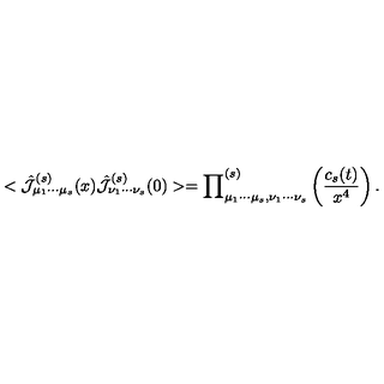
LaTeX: < \hat { { \cal { J } } } _ { \mu _ { 1 } \cdots \mu _ { s } } ^ { ( s ) } ( x ) \hat { { \cal { J } } } _ { \nu _ { 1 } \cdots \nu _ { s } } ^ { ( s ) } ( 0 ) > = { \prod } _ { \mu _ { 1 } \cdots \mu _ { s } , \nu _ { 1 } \cdots \nu _ { s } } ^ { ( s ) } \left( { \frac { c _ { s } ( t ) } { x ^ { 4 } } } \right) .